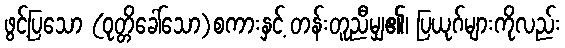
ဖွင့်ပြသော (ဝုတ္တိခေါ်သော)စကားနှင့် တန်းတူညီမျှ၏၊ ပြယုဂ်များကိုလည်း